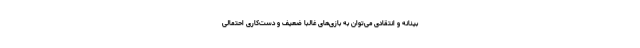
بینانه و انتقادی می‌توان به بازی‌های غالبا ضعیف و دست‌کاری احتمالی